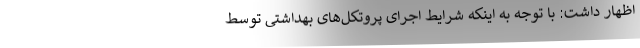
اظهار داشت: با توجه به اینکه شرایط اجرای پروتکل‌های بهداشتی توسط